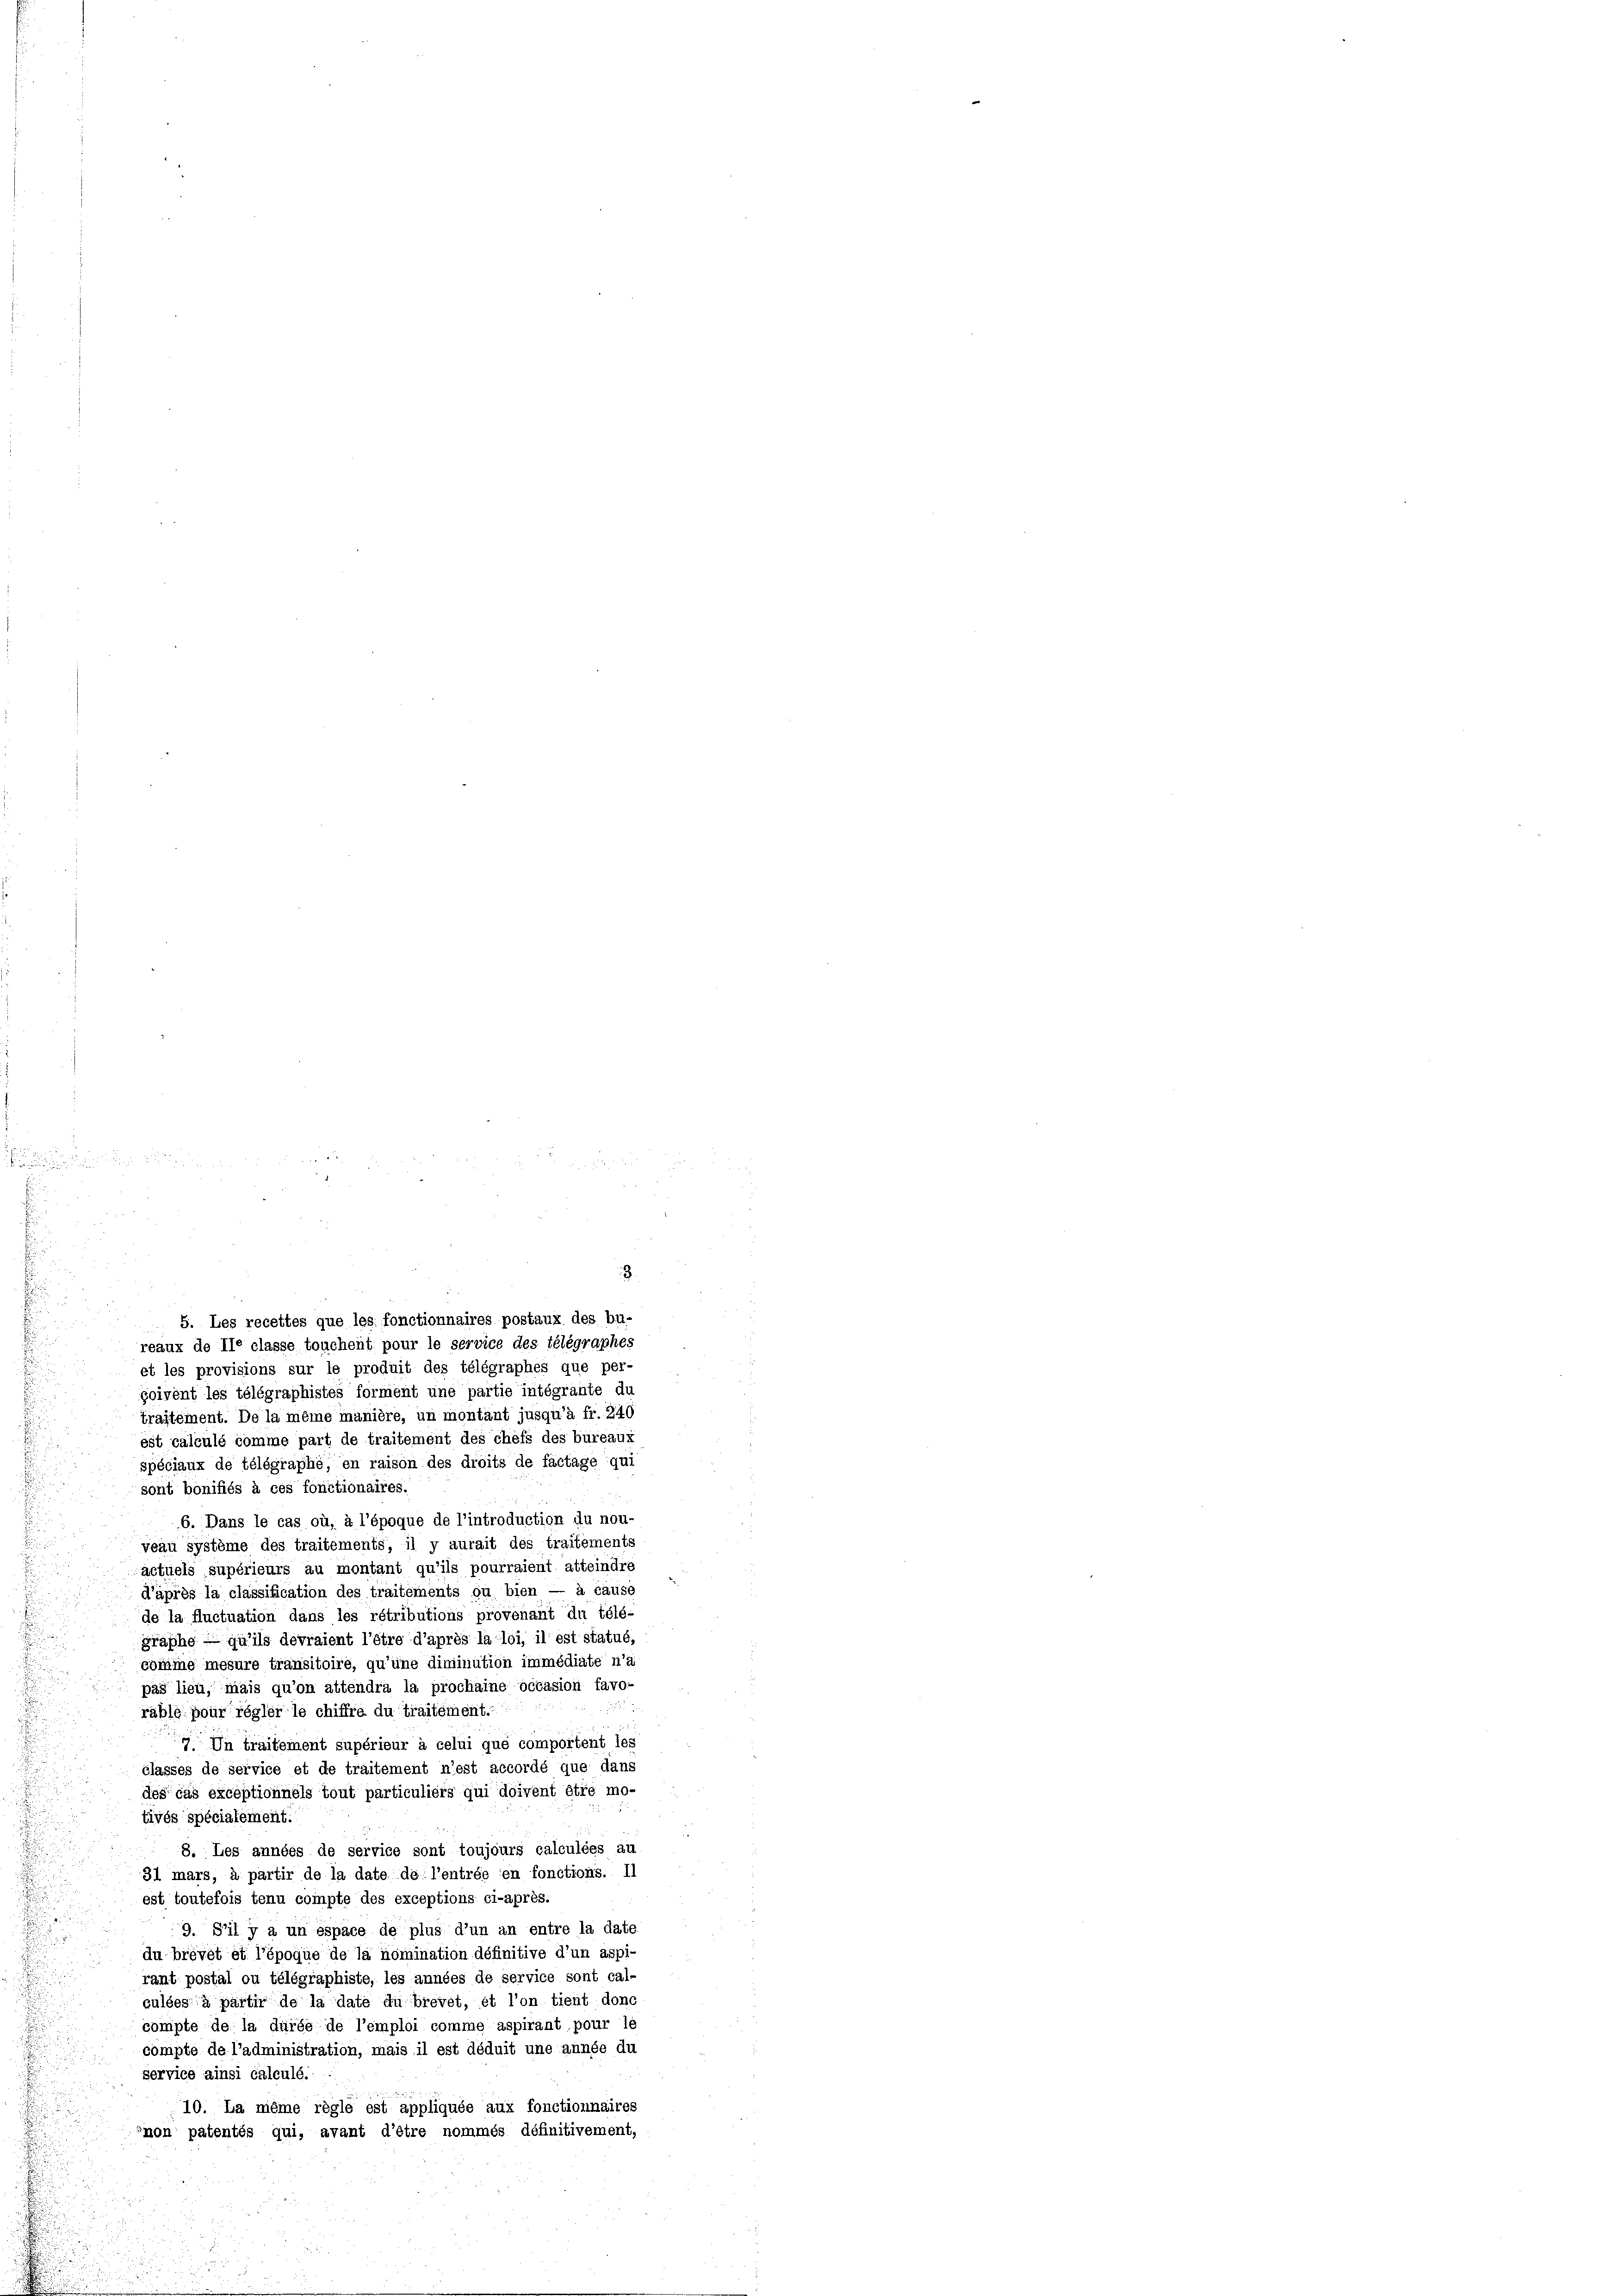
5. Les recettes que les fonctionnaires postaux des bu-
reaux de le classe touchent pour le service des télégraphes
et les provisions sur le produit des télégraphes que per-
goivent les télégraphistes forment une partie intégrante du
traitément. De la même manière, un montant jusqu’à fr. 240
est calculé comme part de traitement des chefs des bureaux
spéciaux de télégraphe, en raison des droits de factage qui
sont bonifiés à ces fonctionaires.
6. Dans le cas où, à l’époque de l’introduction du nou-
veau système des traitements, il y aurait des traitements
actuels supérieurs au montant qu’ils pourraient atteindre
d’après la classification des traitements ou bien — à cause
de la fluctuation dans les rétributions provenant du télé-
graphe — qu’ils devraient l’être d’après la loi, il est statué,
comine mesure transitoire, qu’une diminution immédiate n’a
pas lieu, mais qu’on attendra la prochaine occasion favo-
rable pour régler le chiffre du traitement.
Un traitement supérieur à celui que comportent les
classes de service et de traitement n’est accordé que dans
des das exceptionnels tout particuliers qui doivent être mo-
tivés spécialement.
8. Les années de service sont toujours calculées au
31 mars, à partir de la date de l’entrée en fonctions. Il
est toutefois tenu compte des exceptions ci-après.
9. S’il y a un espace de plus d’un an entre la date
du brevet et l’époque de la nomination définitive d’un aspi-
rant postal ou télégraphiste, les années de service sont cal-
sulées à partir de la date du brevet, et l’on tient done
compte de la durée de l’emploi comme aspirant pour le
compte de l’administration, mais il est déduit une annge du
service ainsi calculé.
10. La même règle est appliquée aux fonctionnaires
non patentés qui, avant d’être nommés définitivement,